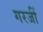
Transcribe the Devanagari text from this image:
गरजीं